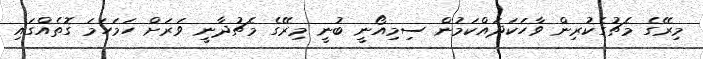
މިރޭގެ މެޗުގެކުރިން ވާހަކަދައްކަމުން ސިމިއޯނީ ބުނީ މިރޭގެ މެޗުދާނީ ވަރަށް ހަމަހަމަ ގޮތެއްގައި